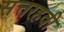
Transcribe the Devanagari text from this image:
सत्तरहवी